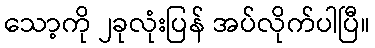
သော့ကို ၂ခုလုံးပြန် အပ်လိုက်ပါပြီ။